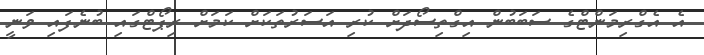
އެ އެގްރިމަންޓްގެ ސަބަބުން އިގްތިސޯދަށް ކުރި އަސަރުތަކަށް ކަމަށް ރިޕޯޓްގައި ބުނެފައި ވަނީ